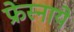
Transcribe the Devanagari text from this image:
फ्रेस्नाये